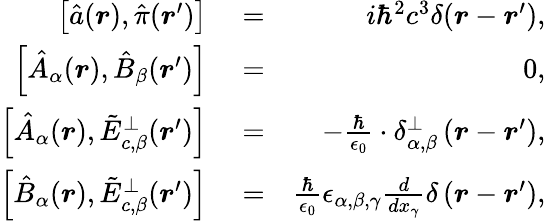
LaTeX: \begin{array}{rlr}{\left[\hat{a}(\boldsymbol r),\hat{\pi}(\boldsymbol r^{\prime})\right]}&{{}=}&{i\hbar^{2}c^{3}\delta(\boldsymbol r-\boldsymbol r^{\prime}),}\\ {\left[\hat{A}_{\alpha}(\boldsymbol r),\hat{B}_{\beta}(\boldsymbol r^{\prime})\right]}&{{}=}&{0,}\\ {\left[\hat{A}_{\alpha}(\boldsymbol r),\tilde{E}_{c,\beta}^{\perp}(\boldsymbol r^{\prime})\right]}&{{}=}&{-\frac{\hbar}{\epsilon_{0}}\cdot\delta_{\alpha,\beta}^{\perp}\left(\boldsymbol r-\boldsymbol r^{\prime}\right),}\\ {\left[\hat{B}_{\alpha}(\boldsymbol r),\tilde{E}_{c,\beta}^{\perp}(\boldsymbol r^{\prime})\right]}&{{}=}&{\frac{\hbar}{\epsilon_{0}}\epsilon_{\alpha,\beta,\gamma}\frac{d}{dx_{\gamma}}\delta\left(\boldsymbol r-\boldsymbol r^{\prime}\right),}\end{array}